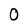
Character: 0